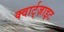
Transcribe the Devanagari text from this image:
क्वार्ट्‌ज़ाइट